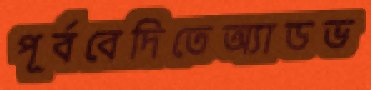
পূর্ববেদিতেঅ্যাডভ